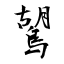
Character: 鶦